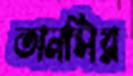
তানসির